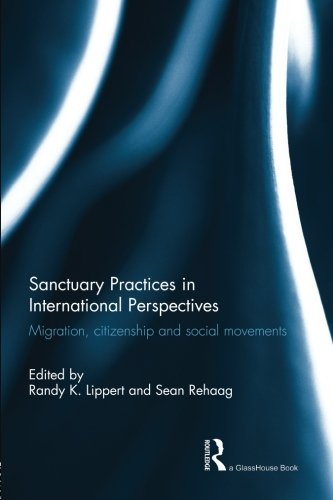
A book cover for Sanctuary Practices in International Perspectives: Migration, Citizenship and Social Movements; Law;